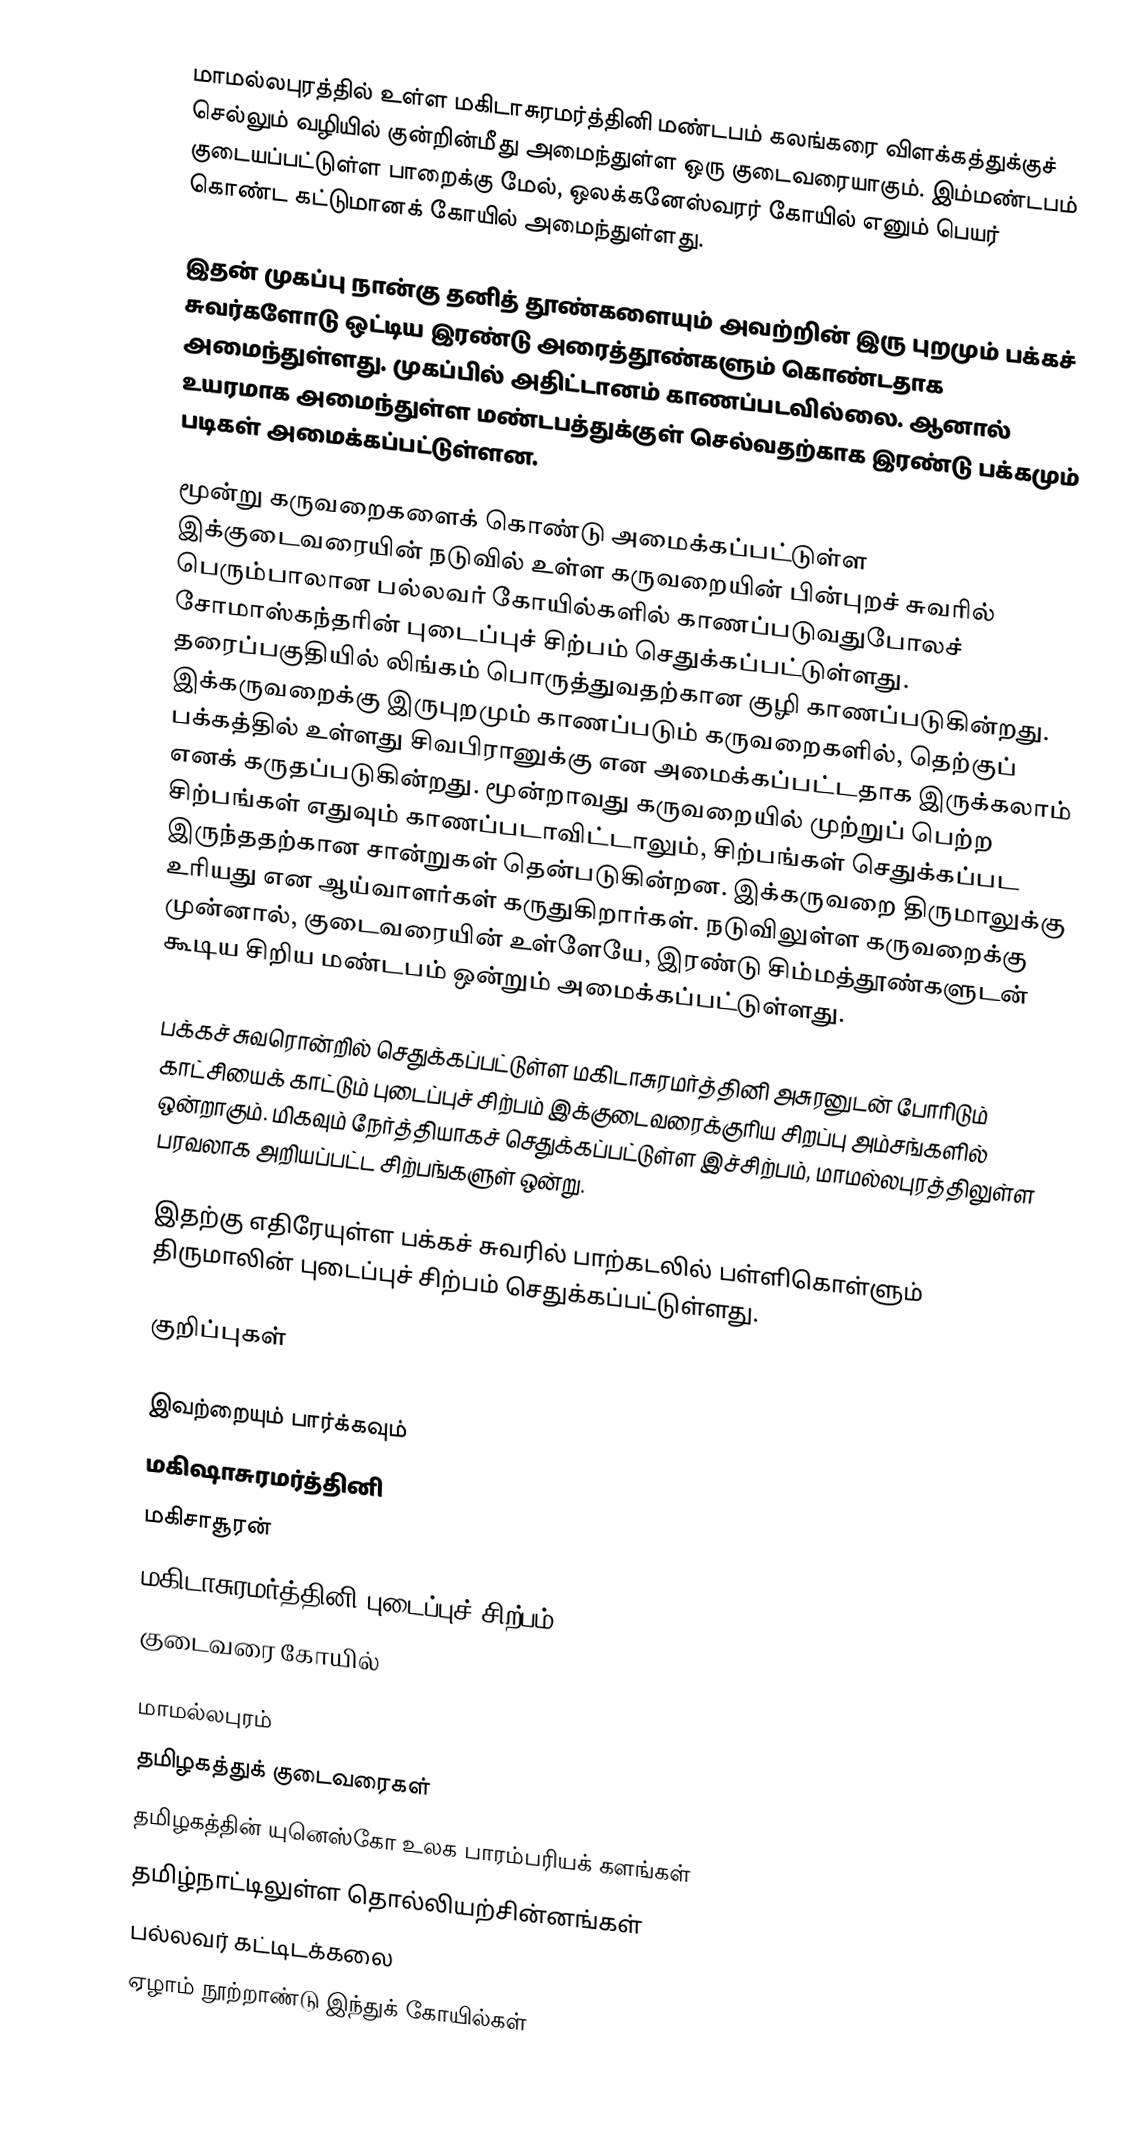
மாமல்லபுரத்தில் உள்ள மகிடாசுரமர்த்தினி மண்டபம் கலங்கரை விளக்கத்துக்குச் செல்லும் வழியில் குன்றின்மீது அமைந்துள்ள ஒரு குடைவரையாகும். இம்மண்டபம் குடையப்பட்டுள்ள பாறைக்கு மேல், ஒலக்கனேஸ்வரர் கோயில் எனும் பெயர் கொண்ட கட்டுமானக் கோயில் அமைந்துள்ளது.

இதன் முகப்பு நான்கு தனித் தூண்களையும் அவற்றின் இரு புறமும் பக்கச் சுவர்களோடு ஒட்டிய இரண்டு அரைத்தூண்களும் கொண்டதாக அமைந்துள்ளது. முகப்பில் அதிட்டானம் காணப்படவில்லை. ஆனால் உயரமாக அமைந்துள்ள மண்டபத்துக்குள் செல்வதற்காக இரண்டு பக்கமும் படிகள் அமைக்கப்பட்டுள்ளன.

மூன்று கருவறைகளைக் கொண்டு அமைக்கப்பட்டுள்ள இக்குடைவரையின் நடுவில் உள்ள கருவறையின் பின்புறச் சுவரில் பெரும்பாலான பல்லவர் கோயில்களில் காணப்படுவதுபோலச் சோமாஸ்கந்தரின் புடைப்புச் சிற்பம் செதுக்கப்பட்டுள்ளது. தரைப்பகுதியில் லிங்கம் பொருத்துவதற்கான குழி காணப்படுகின்றது. இக்கருவறைக்கு இருபுறமும் காணப்படும் கருவறைகளில், தெற்குப் பக்கத்தில் உள்ளது சிவபிரானுக்கு என அமைக்கப்பட்டதாக இருக்கலாம் எனக் கருதப்படுகின்றது. மூன்றாவது கருவறையில் முற்றுப் பெற்ற சிற்பங்கள் எதுவும் காணப்படாவிட்டாலும், சிற்பங்கள் செதுக்கப்பட இருந்ததற்கான சான்றுகள் தென்படுகின்றன. இக்கருவறை திருமாலுக்கு உரியது என ஆய்வாளர்கள் கருதுகிறார்கள். நடுவிலுள்ள கருவறைக்கு முன்னால், குடைவரையின் உள்ளேயே, இரண்டு சிம்மத்தூண்களுடன் கூடிய சிறிய மண்டபம் ஒன்றும் அமைக்கப்பட்டுள்ளது.

பக்கச் சுவரொன்றில் செதுக்கப்பட்டுள்ள மகிடாசுரமர்த்தினி அசுரனுடன் போரிடும் காட்சியைக் காட்டும் புடைப்புச் சிற்பம் இக்குடைவரைக்குரிய சிறப்பு அம்சங்களில் ஒன்றாகும். மிகவும் நேர்த்தியாகச் செதுக்கப்பட்டுள்ள இச்சிற்பம், மாமல்லபுரத்திலுள்ள பரவலாக அறியப்பட்ட சிற்பங்களுள் ஒன்று.

இதற்கு எதிரேயுள்ள பக்கச் சுவரில் பாற்கடலில் பள்ளிகொள்ளும் திருமாலின் புடைப்புச் சிற்பம் செதுக்கப்பட்டுள்ளது.

குறிப்புகள்

இவற்றையும் பார்க்கவும்
 மகிஷாசுரமர்த்தினி
 மகிசாசூரன்
 மகிடாசுரமர்த்தினி புடைப்புச் சிற்பம்
 குடைவரை கோயில்

மாமல்லபுரம்
தமிழகத்துக் குடைவரைகள்
தமிழகத்தின் யுனெஸ்கோ உலக பாரம்பரியக் களங்கள்
தமிழ்நாட்டிலுள்ள தொல்லியற்சின்னங்கள்
பல்லவர் கட்டிடக்கலை
ஏழாம் நூற்றாண்டு இந்துக் கோயில்கள்